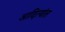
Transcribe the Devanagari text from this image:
आदित्यांत